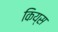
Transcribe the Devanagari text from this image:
किय्स